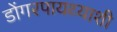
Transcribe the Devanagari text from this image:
डोंगरपायथ्याशी